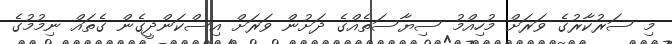
މި ސަރުކާރުގެ ވަރަށް މުހިއްމު ސިޔާސަތެއްގެ ދަށުން ވަރަށް އިސްކަންދީގެން ގެތައް ނިމުމުގެ